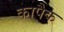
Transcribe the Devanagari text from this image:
कापैक